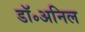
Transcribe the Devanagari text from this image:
डॉ॰अनिल